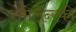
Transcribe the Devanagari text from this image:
स्मोलेन्स्की